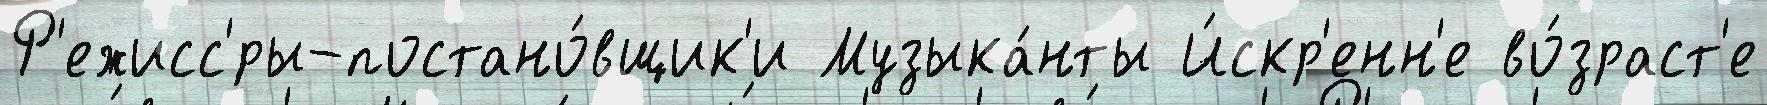
Р'ежисс'́ры-постано́вщик'и Музыка́нты И́скр'енн'е во́зраст'е